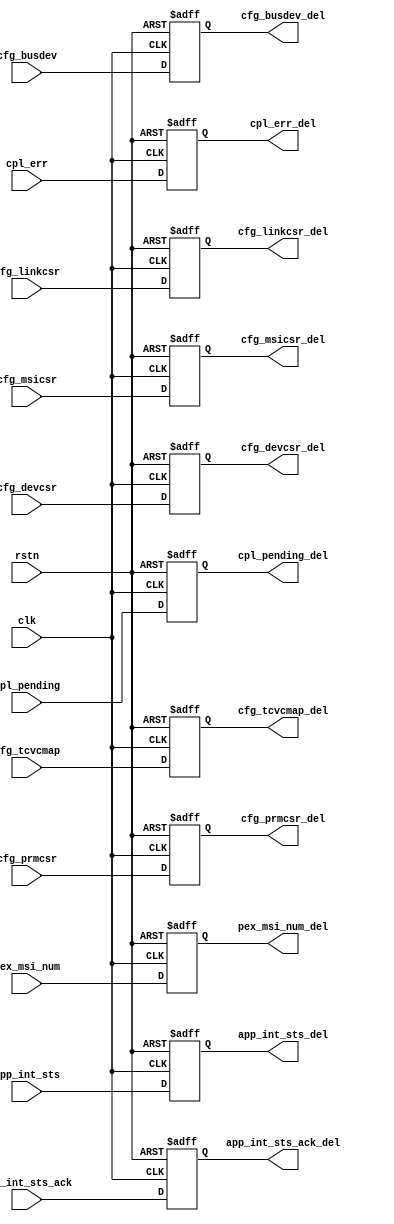
// synthesis verilog_version verilog_2001
`timescale 1 ps / 1 ps 
//-----------------------------------------------------------------------------
// Title         : PCI Express Reference Design Example Application 
// Project       : PCI Express MegaCore function
//-----------------------------------------------------------------------------
//-----------------------------------------------------------------------------
// Description :
// This is the complete example application for the PCI Express Reference
// Design. This has all of the application logic for the example.
//-----------------------------------------------------------------------------
// Copyright (c) 2006 Altera Corporation. All rights reserved.  Altera products are
// protected under numerous U.S. and foreign patents, maskwork rights, copyrights and
// other intellectual property laws.  
//
// This reference design file, and your use thereof, is subject to and governed by
// the terms and conditions of the applicable Altera Reference Design License Agreement.
// By using this reference design file, you indicate your acceptance of such terms and
// conditions between you and Altera Corporation.  In the event that you do not agree with
// such terms and conditions, you may not use the reference design file. Please promptly
// destroy any copies you have made.
//
// This reference design file being provided on an "as-is" basis and as an accommodation 
// and therefore all warranties, representations or guarantees of any kind 
// (whether express, implied or statutory) including, without limitation, warranties of 
// merchantability, non-infringement, or fitness for a particular purpose, are 
// specifically disclaimed.  By making this reference design file available, Altera
// expressly does not recommend, suggest or require that this reference design file be
// used in combination with any other product not provided by Altera. 
//-----------------------------------------------------------------------------
module altpcierd_icm_sideband (
                   clk, rstn, 
                   cfg_busdev,  cfg_devcsr,  cfg_linkcsr, cfg_msicsr, cfg_prmcsr,
                   cfg_tcvcmap,  app_int_sts,  app_int_sts_ack, pex_msi_num, cpl_err,
                   cpl_pending,
                   cfg_busdev_del,  cfg_devcsr_del,  cfg_linkcsr_del, cfg_msicsr_del, cfg_prmcsr_del,
                   cfg_tcvcmap_del,  app_int_sts_del,  app_int_sts_ack_del, pex_msi_num_del, cpl_err_del,
                   cpl_pending_del
                   );


   input             clk;  
   input             rstn;     
   input    [ 12: 0] cfg_busdev;         // From core to app
   input    [ 31: 0] cfg_devcsr;         // From core to app
   input    [ 31: 0] cfg_linkcsr;        // From core to app
   input    [ 31: 0] cfg_prmcsr;        // From core to app
   input    [ 23: 0] cfg_tcvcmap;        // From core to app
   input    [15:0]   cfg_msicsr;         // From core to app
   input    [  4: 0] pex_msi_num;        // From app to core
   input             app_int_sts;        // From app to core
   input             app_int_sts_ack;    // From core to app
   input    [  2: 0] cpl_err;
   input             cpl_pending;
   

   output    [ 12: 0] cfg_busdev_del;
   output    [ 31: 0] cfg_devcsr_del;
   output    [ 31: 0] cfg_linkcsr_del;
   output    [ 31: 0] cfg_prmcsr_del;
   output    [ 23: 0] cfg_tcvcmap_del;  
   output    [15:0]   cfg_msicsr_del;
   output             app_int_sts_del;
   output             app_int_sts_ack_del;  // To app
   output    [  4: 0] pex_msi_num_del; 
   output    [  2: 0] cpl_err_del;
   output             cpl_pending_del;
   
   
   reg       [ 12: 0] cfg_busdev_del;
   reg       [ 31: 0] cfg_devcsr_del;
   reg       [ 31: 0] cfg_linkcsr_del;
   reg       [ 31: 0] cfg_prmcsr_del;
   reg       [ 23: 0] cfg_tcvcmap_del;   
   reg                app_int_sts_del;
   reg                app_int_sts_ack_del;
   reg       [  4: 0] pex_msi_num_del;  
   reg       [  2: 0] cpl_err_del;
   
   reg      [15:0]   cfg_msicsr_del;
   
   reg                cpl_pending_del;
  
  //---------------------------------------------
  // Incremental Compile Boundary registers
  //---------------------------------------------
  always @ (posedge clk or negedge rstn) begin
      if (~rstn) begin
          cfg_busdev_del      <= 13'h0;
          cfg_devcsr_del      <= 32'h0;
          cfg_linkcsr_del     <= 32'h0;
          cfg_prmcsr_del     <= 32'h0;
          cfg_tcvcmap_del     <= 24'h0;
          cfg_msicsr_del      <= 16'h0;
          app_int_sts_del     <= 1'b0;
          app_int_sts_ack_del <= 1'b0;
          pex_msi_num_del     <= 5'h0; 
          cpl_err_del         <= 3'h0; 
          cpl_pending_del     <= 1'b0;
      end
      else begin
          cfg_busdev_del      <= cfg_busdev;
          cfg_devcsr_del      <= cfg_devcsr;
          cfg_linkcsr_del     <= cfg_linkcsr;
          cfg_prmcsr_del     <= cfg_prmcsr;
          cfg_tcvcmap_del     <= cfg_tcvcmap;
          cfg_msicsr_del      <= cfg_msicsr;
          app_int_sts_del     <= app_int_sts;  // From app to core.  NO COMBINATIONAL allowed on input
          app_int_sts_ack_del <= app_int_sts_ack;  
          pex_msi_num_del     <= pex_msi_num;  // From app to core.  NO COMBINATIONAL allowed on input
          cpl_err_del         <= cpl_err;      // From app to core.  NO COMBINATIONAL allowed on input 
          cpl_pending_del     <= cpl_pending;  // From app to core.  NO COMBINATIONAL allowed on input
      end
  end
endmodule